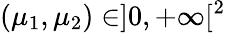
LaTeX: (\mu_{1},\mu_{2})\in]0,+\infty[^{2}